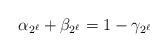
LaTeX: \begin{align*}\alpha_{2^\ell}+\beta_{2^\ell}=1-\gamma_{2^\ell}\end{align*}